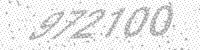
Solution: 972100